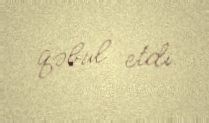
qəbul etdi.